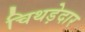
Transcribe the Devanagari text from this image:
चिथड़ेदार